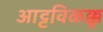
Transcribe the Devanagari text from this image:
आट्टविळक्कु